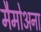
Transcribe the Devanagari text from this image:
मैमोअना